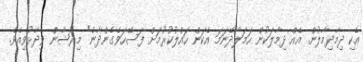
އެކި ދިމާދިމާލުން. އެއް ދިމާލަކުން ހަމަލާދޭނަމަ އެކަން ހައްލުކުރުމަށް ފަސޭހަވެގެންދާނެ" މިރުޝާން ވިދާޅުވިއެވެ.